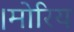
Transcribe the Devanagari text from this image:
।मोरिय